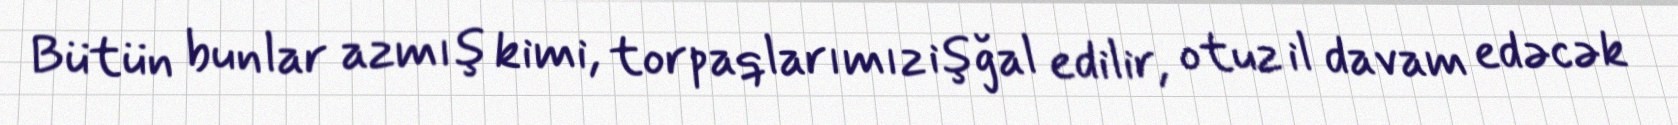
Bütün bunlar azmış kimi, torpaqlarımız işğal edilir, otuz il davam edəcək